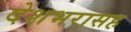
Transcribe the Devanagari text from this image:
देशभरासह